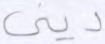
ديني